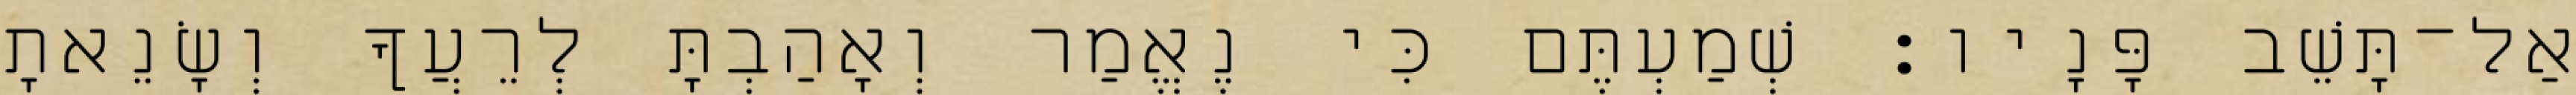
אַל־תָּשֵׁב פָּנָיו׃ שְׁמַעְתֶּם כִּי נֶאֱמַר וְאָהַבְתָּ לְרֵעֲךָ וְשָׂנֵאתָ